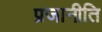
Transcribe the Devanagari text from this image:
प्रजानीति